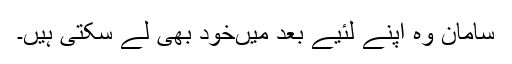
سامان وہ اپنے لئیے بعد میں‌خود بھی لے سکتی ہیں۔